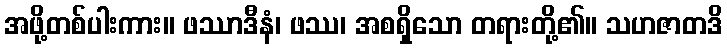
အဖို့တစ်ပါးကား။ ဖဿာဒီနံ၊ ဖဿ၊ အစရှိသော တရားတို့၏။ သဟဇာတဒိ